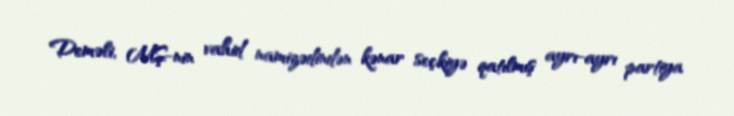
Deməli, MŞ-nin vahid namizədindən kənar seçkiyə qatılmış ayrı-ayrı partiya